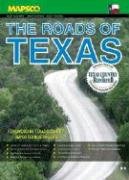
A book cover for The Roads of Texas; Travel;